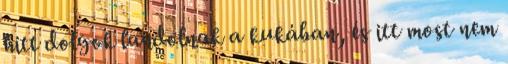
hitt dolgok landolnak a kukában, és itt most nem